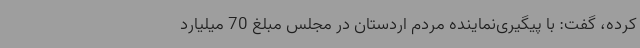
کرده، گفت: با پیگیری‌نماینده مردم اردستان در مجلس مبلغ 70 میلیارد